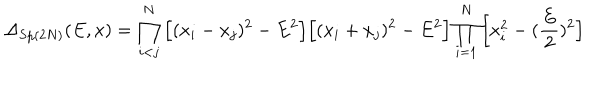
LaTeX: \Delta _ { \mathrm { S p } ( 2 N ) } ( E , x ) = \prod _ { i < j } ^ { N } \Big [ ( x _ { i } - x _ { j } ) ^ { 2 } - E ^ { 2 } \Big ] \Big [ ( x _ { i } + x _ { j } ) ^ { 2 } - E ^ { 2 } \Big ] \prod _ { i = 1 } ^ { N } \Big [ x _ { i } ^ { 2 } - ( \frac { E } { 2 } ) ^ { 2 } \Big ]